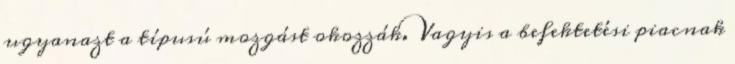
ugyanazt a típusú mozgást okozzák. Vagyis a befektetési piacnak